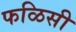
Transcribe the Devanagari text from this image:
फळिसी